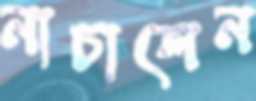
নাচালেন